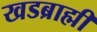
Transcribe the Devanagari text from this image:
खडब्राह्मी